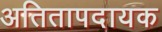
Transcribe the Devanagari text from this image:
अतितापदायक